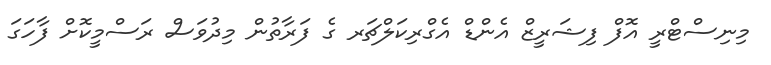
މިނިސްޓްރީ އޮފް ފިޝަރީޒް އެންޑް އެގްރިކަލްޗަރ ގެ ފަރާތުން މިދުވަސް ރަސްމީކޮށް ފާހަގަ